Vaccination in the Punjab 1897-1904 - 1897-1904
Year: 1897
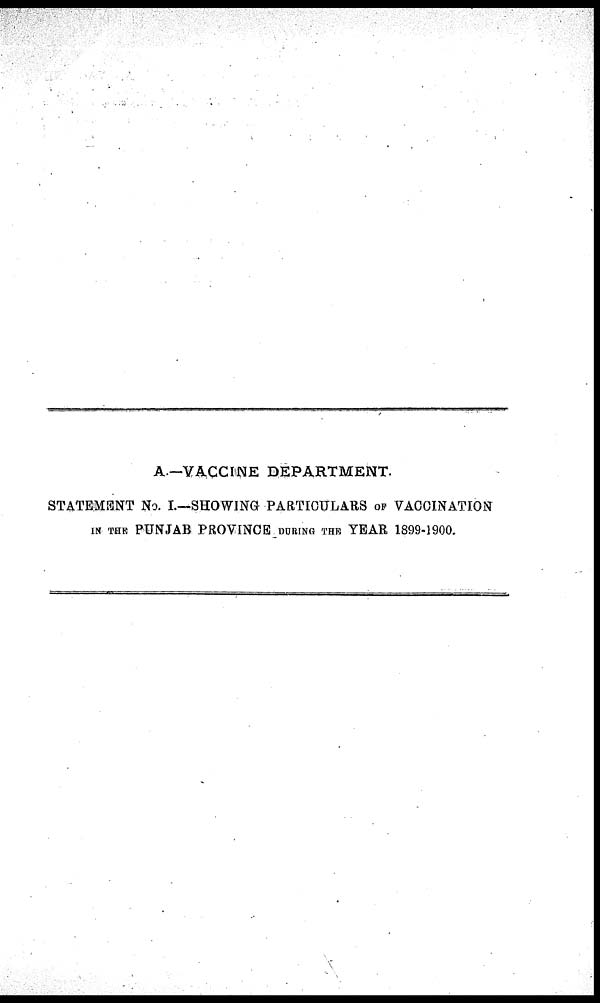
A.—VACCINE
DEPARTMENT.
STATEMENT NO. I.—SHOWING- PARTICULARS OF VACCINATION
IN THE PUNJAB PROVINCE DURING THE YEAR 1899-1900.